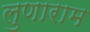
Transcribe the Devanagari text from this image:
लुणाराम